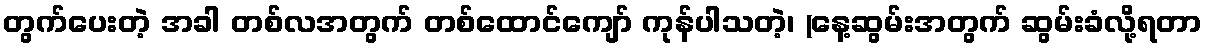
တွက်ပေးတဲ့ အခါ တစ်လအတွက် တစ်ထောင်ကျော် ကုန်ပါသတဲ့၊ (နေ့ဆွမ်းအတွက် ဆွမ်းခံလို့ရတာ